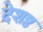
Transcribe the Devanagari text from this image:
देशष्ठ